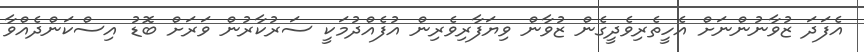
އެފަދަ ޒުވާނުންނަށް އެހީތެރިވެދީގެން ޒުވާން ވިޔަފާރިވެރިން އުފެއްދުމަކީ ސަރުކާރުން ވަރަށް ބޮޑު އިސްކަންދެއްވާ